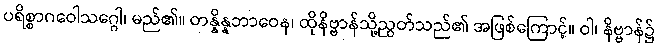
ပရိစ္စာဂဝေါသဂ္ဂေါ၊ မည်၏။ တန္နိန္နဘာဝေန၊ ထိုနိဗ္ဗာန်သို့ညွတ်သည်၏ အဖြစ်ကြောင့်။ ဝါ၊ နိဗ္ဗာန်၌